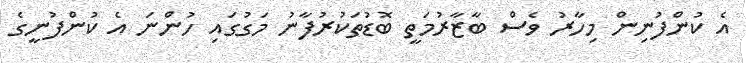
އެ ކުންފުނިން މިހާރު ވެސް ބާޒާރުމަތީ ބޮޑުތަކުރުފާނު މަގުގައި ހުންނަ އެ ކުންފުނީގެ